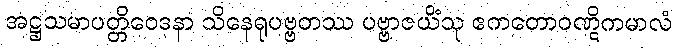
အဋ္ဌသမာပတ္တိဝေဒနာ သိနေရုပဗ္ဗတဿ ပဗ္ဗာဇယိံသု ဧကတောဝဏ္ဋိကမာလံ